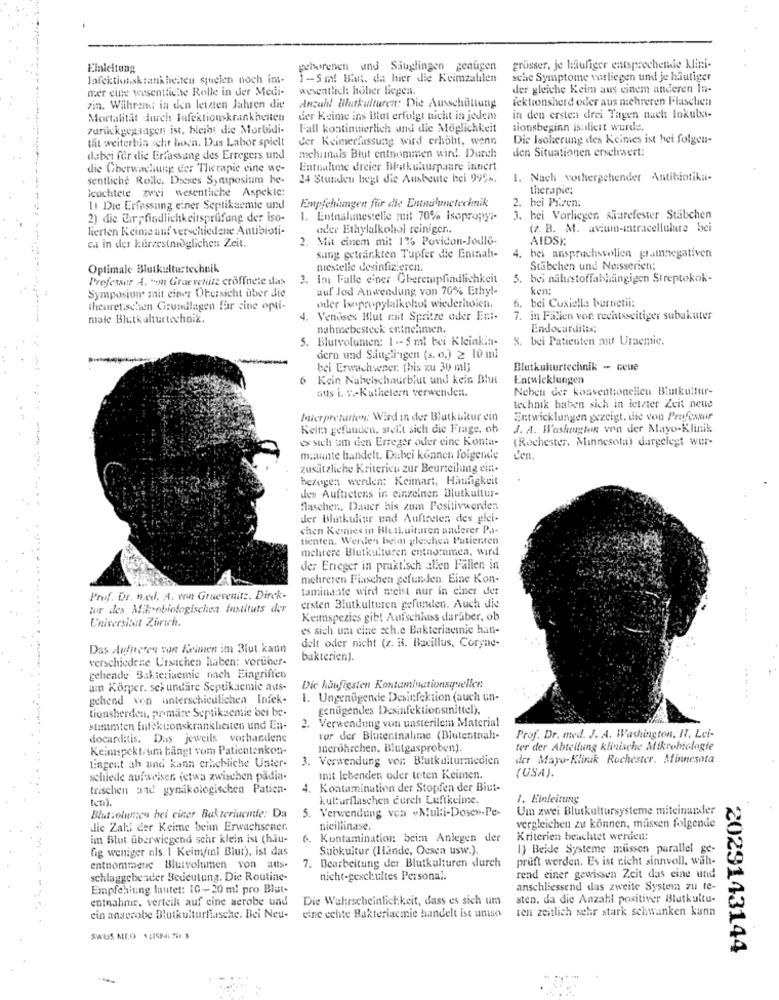
Einleitung
geborenen und Säuglingen geaugen
grüsser, je läufiger entsprechende klini-
Infektionskrankheiten squelen noch im-
1-Sm! Bit. da hier die Keimzatilen
sche Symptome vorliegen und je häufiger
mer eine wesentliche Rolle in der Medi-
wesentlich: hoher liegen.
der gleiche Keim aus einem anderen In-
Anzahl Blutkulturen: Die Ausschüttung
lektionsherd oder aus nichreren Flaschen
7in. Während in den letzten Jahren die
Mortalitait durch Infektionskrankheiten
der Keime ins Bstat erfolgt nicht in jedem
in den ersten drei Tagen nach Inkulxs-
zurückgegangen ist, bleibt die Morbidi-
Fall kontinuierlich and die Möglichkeit
tionsbeginn isoliert wurde.
tat weiterhin sehr hoch. Das Labor spielt
der Keimerfassung wird erhöht, wenn
Die Isolierung des Keimes ist hei folgen-
den Situationen ersehrvert:
dabei für die Erfassung des Erregers und
mehimais Blut entnommen wird. Durch
die Gberwachung der Therapie eine we-
Entnahme dreier Blakehurpaare intert
sentliche Rolle. Dieses Symposium he-
24 Stunden begl die Ausbeute bei 997h.
1. Nach vorhergehender Antibiotika-
leuchtete zwei wesentliche Aspekte:
therapie:
Empfehlungen für die Entnalunetechnik
2. bei Piaren:
11 Die Erfassung einer Septikaemie und
2) die Cir findlichkeitsprüfung der iso-
. Entnahmestelle mit 70% isopropyl-
3. bei Vorliegen shurefester Stäbchen
lierten Keime auf verschiedene Antibioti-
oder Ethylalkohol reiniger ..
(z. B. M. avium-intracellulare bei
2. Mit einem mit 1% Povidon-Jodlo-
AIDSI:
cal in der kurzestmöglichen Zeit.
sung getränkten Tupfer die Eninah-
4. bei anspruchsvollen pramnegativen
Optimale Blutkulturtechnik
mestelle desinfizieren
Stäbchen und Nersserien:
Professor A. "on Graevenitz cröffnete das
3. Im Falle einer Überempfindlichkeit
5.
bei nährstoffabhängigen Streptokok-
auf Jod Anwendung von 70% Ethyl-
ken:
Symposium mit einer Übersicht über die
6. bei Cuxiella barnetii:
theoretischen Grundlagen far cine opti-
oder Isopropylalkohol wiederholen.
male Blutkulturtechnik.
4. Venuses Blut mit Spritze oder Er .:-
7. in Falien von rechtsseitiger subakuter
nahmebesteck entnehmen.
Endocarditis:
5. Blutvolunten: 1 -- 5 ml bei Kleinkia-
8. bei Patienten mit Uraemic,
dern und Saugli-igen (s. o.) 2 10 ml
bei Erwachsener. [bis zu 30 ml)
Blatkulturtechnik - ceue
Kein Nabelschnurblut und kein Blut
Entwicklungen
aus i. v./Kathetern verwenden.
Neben der konventionellen Blutkultur-
technik haben sich in letzter Zeit neue
Maurerpretation: Wird in der Blutkultur ein
Entwicklungen gezeigt. die von Profesmir
Keim gefunden, stellt sich die Frage, ob
J. A. Washington von der Mayo-Klinik
es sich um den Erreger oder eine Kontat-
(Rochester, Minnesota) dargelegt wer-
mawinte handelt. Dabei können folgende
Len.
zusätzliche Kriterien zur Beurteilung ein.
bezogen werden: Keimart, Häufigkeit
des Aufhetens in einzelnen Blutkultur-
flaschen. Dauer bis zum Positivwerden
der Blotkukur und Auftreten des glei-
chen Kermesin Bleskuituren anderer Pas-
tienten, Werden beim gleichen Patienten
mehrere Bletkulturen entnommen, wird
der Erreger in praktisch allen Fällen in
mehreren Flaschen gefunden. Eine Kon-
taminaate wird meist nur in einer der
Prof. Dr. n.ee. A. von Gruevenitz. Dirck-
tor des Mikrobiologisches instituts der
ersten Blutkulturen gefunden. Auch die
Universicut Zurich.
Keimspezies gibt Aufschluss darüber, ob
es sich um eine sch,e Bakteriactie han-
delt oder nicht (z. il. Bacillus, Coryne-
Das Aufneeten son Keimen im Blut kann
verschiedene Ursachen haben: vorüber-
bakterien).
gehende Bakterisemie nach Eingriffen
am Körper. sekundäre Septikacmie aus-
Die häufigsten Kontaminationsquellen
gehend von unterschiedlichen Infek-
1. Ungenügende Desinfektion (auch un-
genügendes Desinfektionsmittel),
tionsherden, primaire Septikacmie bei be
Verwendung von unsterilem Material
stimmten Infektionskrankheiten und En-
docarditis. Das jeweils vorhandene
vor der Blutentnahme (Blutentnah-
Prof. Dr. med. J. A. Washington, IT, Let-
Keinspektrum bangt vom Patientenkon-
merohrchen, Blutgasproben).
ter der Abteilung klinische Mikrobiologie
3. Verwendung von Blutkulturmedien
der Mayo-Klinik Rochester. Minnesota
tingent ah und kann erhebliche Unter-
schiede aufweiser. (etwa zwischen padia-
init lebenden oder teten Keimen.
(USA).
trischen aad gynikologischen Patien-
Kontamination der Stopfen der Biut-
kulturflaschen durch Luftkeine.
1. Einleitung
5. Verwendung von "Multi-Dosen-Pe-
Um zwei Blutkultursysteme miteinander
Blutvolumen hel ciner Bakteriucmle: Da
die Zahl der Keime beim Erwachsener.
nicillinase.
vergleichen zu können, müssen folgende
im Blut überwiegend schr klein ist (hau-
Kontamination beim Anlegen der
Kriterien beachtet werden:
fig weniger als 1 Keim/ml Blut), ist das
Subkultur (Hände, Oesen usw.).
1) Beide Systeme müssen parallel ge-
7. Bearbeitung der Blutkulturen durch
pruft werden. Es ist nicht sinnvoll, wah-
entnommene Blutvolumen von aus-
schlaggebender Bedeutung. Die Routine-
nicht-geschultes Personal
rend einer gewissen Zeit das eine und
Empfehlung lautet: [G-20 ml pro Blut-
anschliessend das zweite System zu te-
entnahme, verteilt auf eine serobe und
Die Wahrscheinlichkeit, dass es sich um
sten. da die Anzahl positiver Blutkultu-
ten zeitlich sehr stark schwanken kann
ein anaerobe Blutkulturflasche. Bei Neu-
eine echte Bakteriacmie handelt ist uniso
SWISS ME.O 1 :1594: 57 3
2029143144